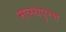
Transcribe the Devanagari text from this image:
मत्स्यपुरण